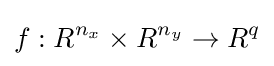
f:R^{n_{x}}\times R^{n_{y}}\to R^{q}